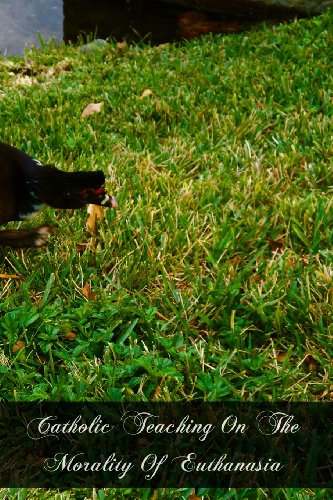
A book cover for Catholic Teaching On The Morality Of Euthanasia; Reverend Joseph V. Sullivan S.T.L.; Medical Books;